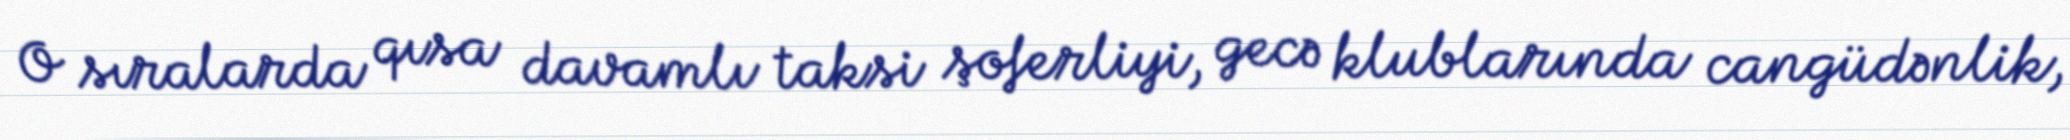
O sıralarda qısa davamlı taksi şoferliyi, gecə klublarında cangüdənlik,